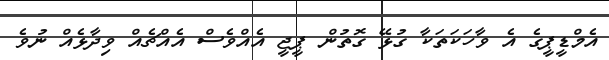
އެމްޑީޕީގެ އެ ވާހަކަތަކާ ގުޅޭ ގޮތުން ޕީޖީ އެއްވެސް އެއްޗެއް ވިދާޅެއް ނުވެ